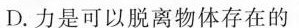
D.力是可以脱离物体存在的